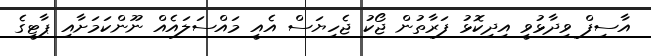
އާސިފް ވިދާޅުވީ އިދިކޮޅު ފަރާތުން ޖޯކު ޖެހިޔަސް އެއީ މައްސަލައެއް ނޫންކަމަށާއި ޕާޓީގެ